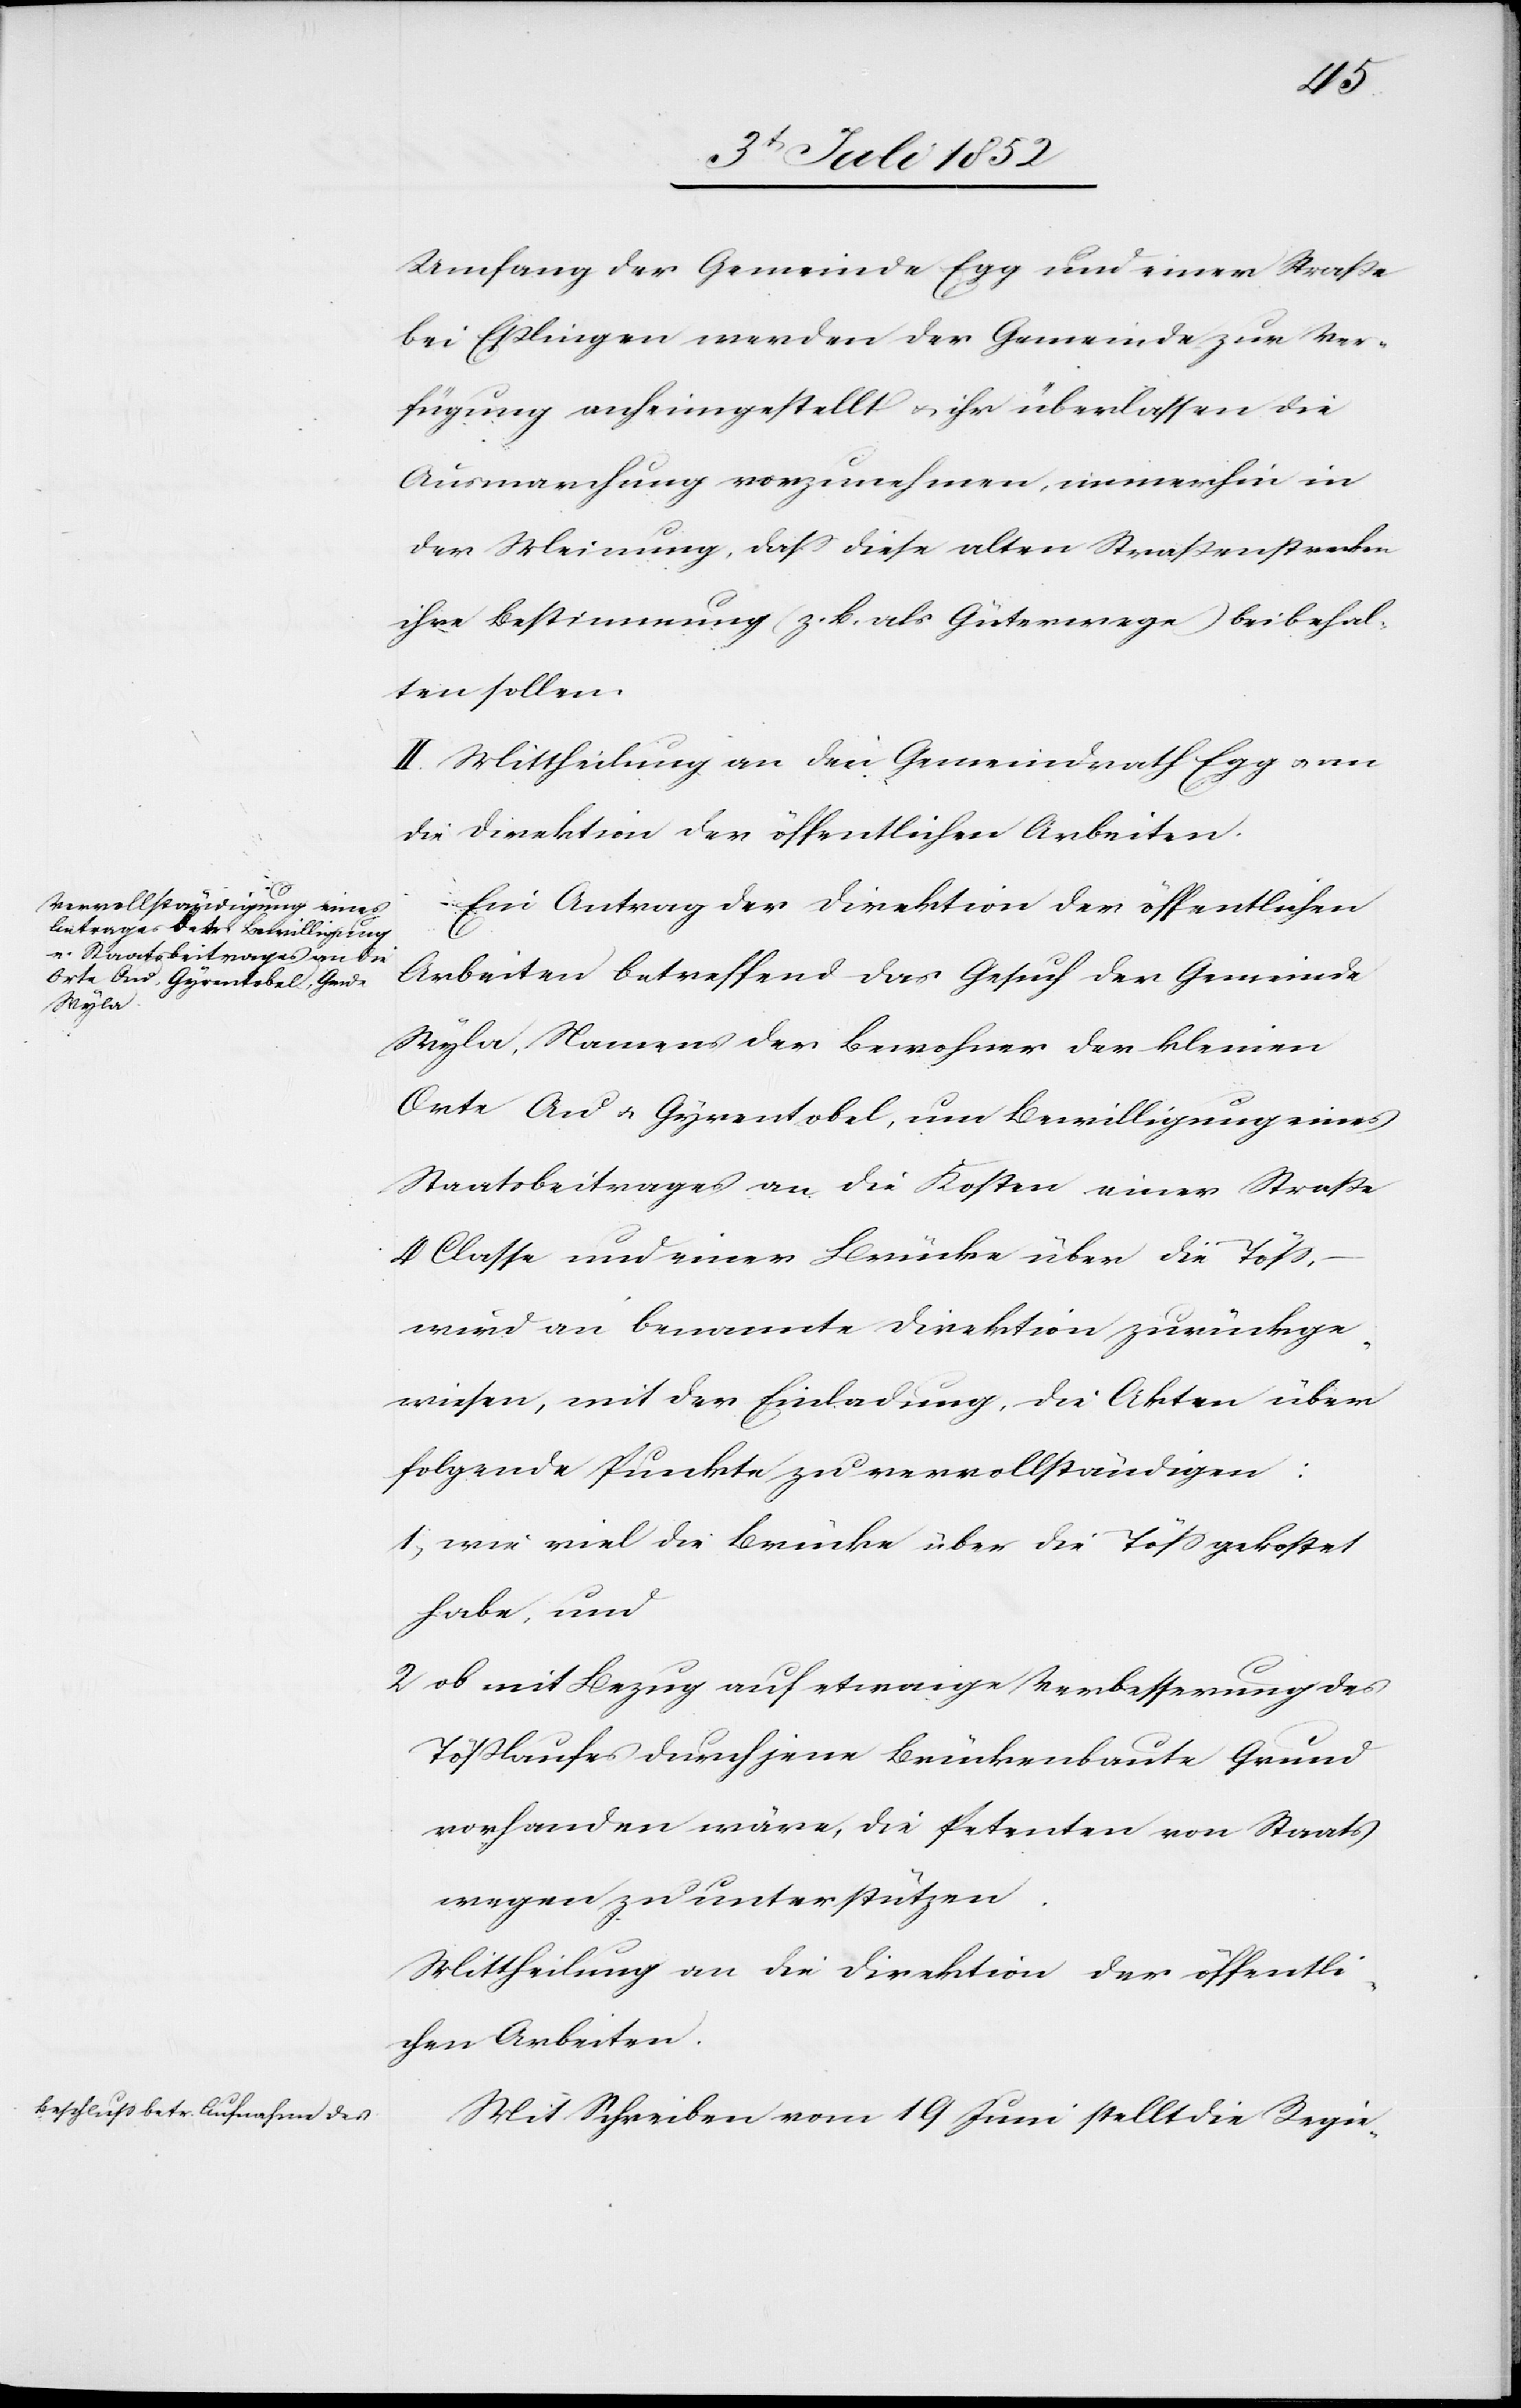
Umfang der Gemeinde Egg und einer Straße
bei Eßlingen werden der Gemeinde zur Ver¬
fügung anheimgestellt & ihr überlassen die
Ausmarchung vorzunehmen, immerhin in
der Meinung, dass diese alten Straßenstrecken
ihre Bestimmung (z. B. als Güterwege) beibehal¬
ten sollen.
II. Mittheilung an den Gemeindrath Egg & an
die Direktion der öffentlichen Arbeiten.
Ein Antrag der Direktion der öffentlichen
Arbeiten betreffend das Gesuch der Gemeinde
Wyla, Namens der Bewohner der kleinen
Orte [?Au] & Gyrentobel, um Bewilligung eines
Staatsbeitrages an die Kosten einer Straße
4 Classe und einer Brücke über die Töss,
wird an benannte Direktion zurückge¬
wiesen, mit der Einladung, die Akten über
folgende Punkte zu vervollständigen:
1,
wie viel die Brücke über die Töss gekostet
habe, und
ob mit Bezug auf etwaige Verbesserung des
Tößlaufes durch jene Brückenbaute Grund
vorhanden wäre, die Petenten von Staats
wegen zu unterstützen.
Mittheilung an die Direktion der öffentli¬
chen Arbeiten.
Mit Schreiben vom 19 Juni stellt die Regie-